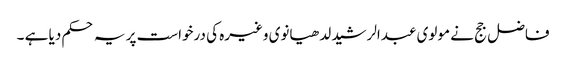
فاضل جج نے مولوی عبدالرشید لدھیانوی وغیرہ کی درخواست پر یہ حکم دیا ہے ۔